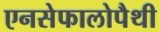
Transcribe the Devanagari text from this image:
एनसेफालोपैथी